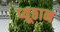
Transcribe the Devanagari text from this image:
प्यूठान